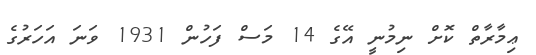
ޢިމާރާތް ކޮށް ނިމުނީ އޭގެ 14 މަސް ފަހުން 1931 ވަނަ އަހަރުގެ